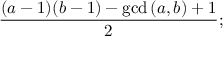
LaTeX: { \frac { ( a - 1 ) ( b - 1 ) - \operatorname* { g c d } { ( a , b ) } + 1 } { 2 } } ;